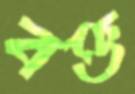
বক্ত